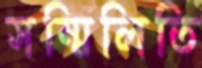
সম্মিলিতি